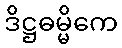
ဒိဋ္ဌဓမ္မိကေ